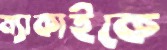
ম্যাকাইকে